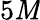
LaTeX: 5\mathit{M}